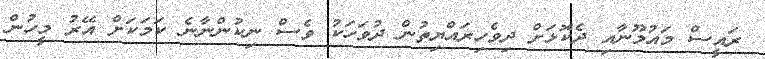
ރައީސް މައުމޫނާއި ދެކޮޅަށް ދިވެހިރައްޔިތުން ދުވަހަކު ވެސް ނިކުންނާނެ ކަމަކަށް އޭރު މީހުން